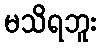
မသိရဘူး